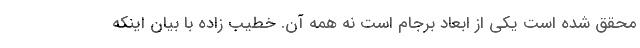
محقق شده است یکی از ابعاد برجام است نه همه آن. خطیب زاده با بیان اینکه